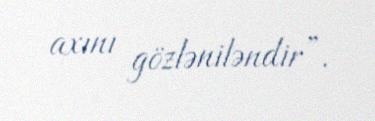
axını gözləniləndir”.